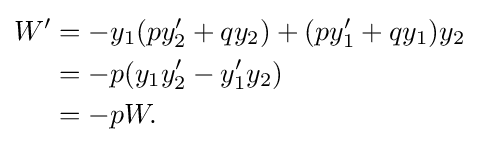
{\begin{aligned}W'&=-y_{1}(py_{2}'+qy_{2})+(py_{1}'+qy_{1})y_{2}\\&=-p(y_{1}y_{2}'-y_{1}'y_{2})\\&=-pW.\end{aligned}}